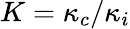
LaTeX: K=\kappa_{c}/\kappa_{i}